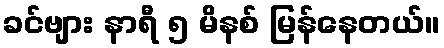
ခင်ဗျား နာရီ ၅ မိနစ် မြန်နေတယ်။